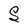
Character: S